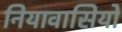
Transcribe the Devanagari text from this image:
नियावासियों